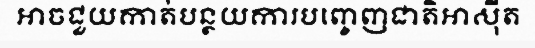
អាចជួយកាត់បន្ថយការបញ្ចេញជាតិអាស៊ីត